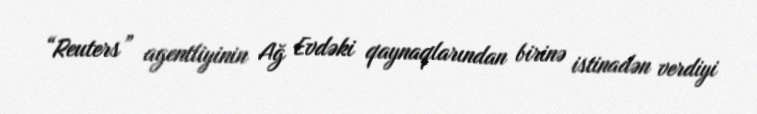
“Reuters” agentliyinin Ağ Evdəki qaynaqlarından birinə istinadən verdiyi